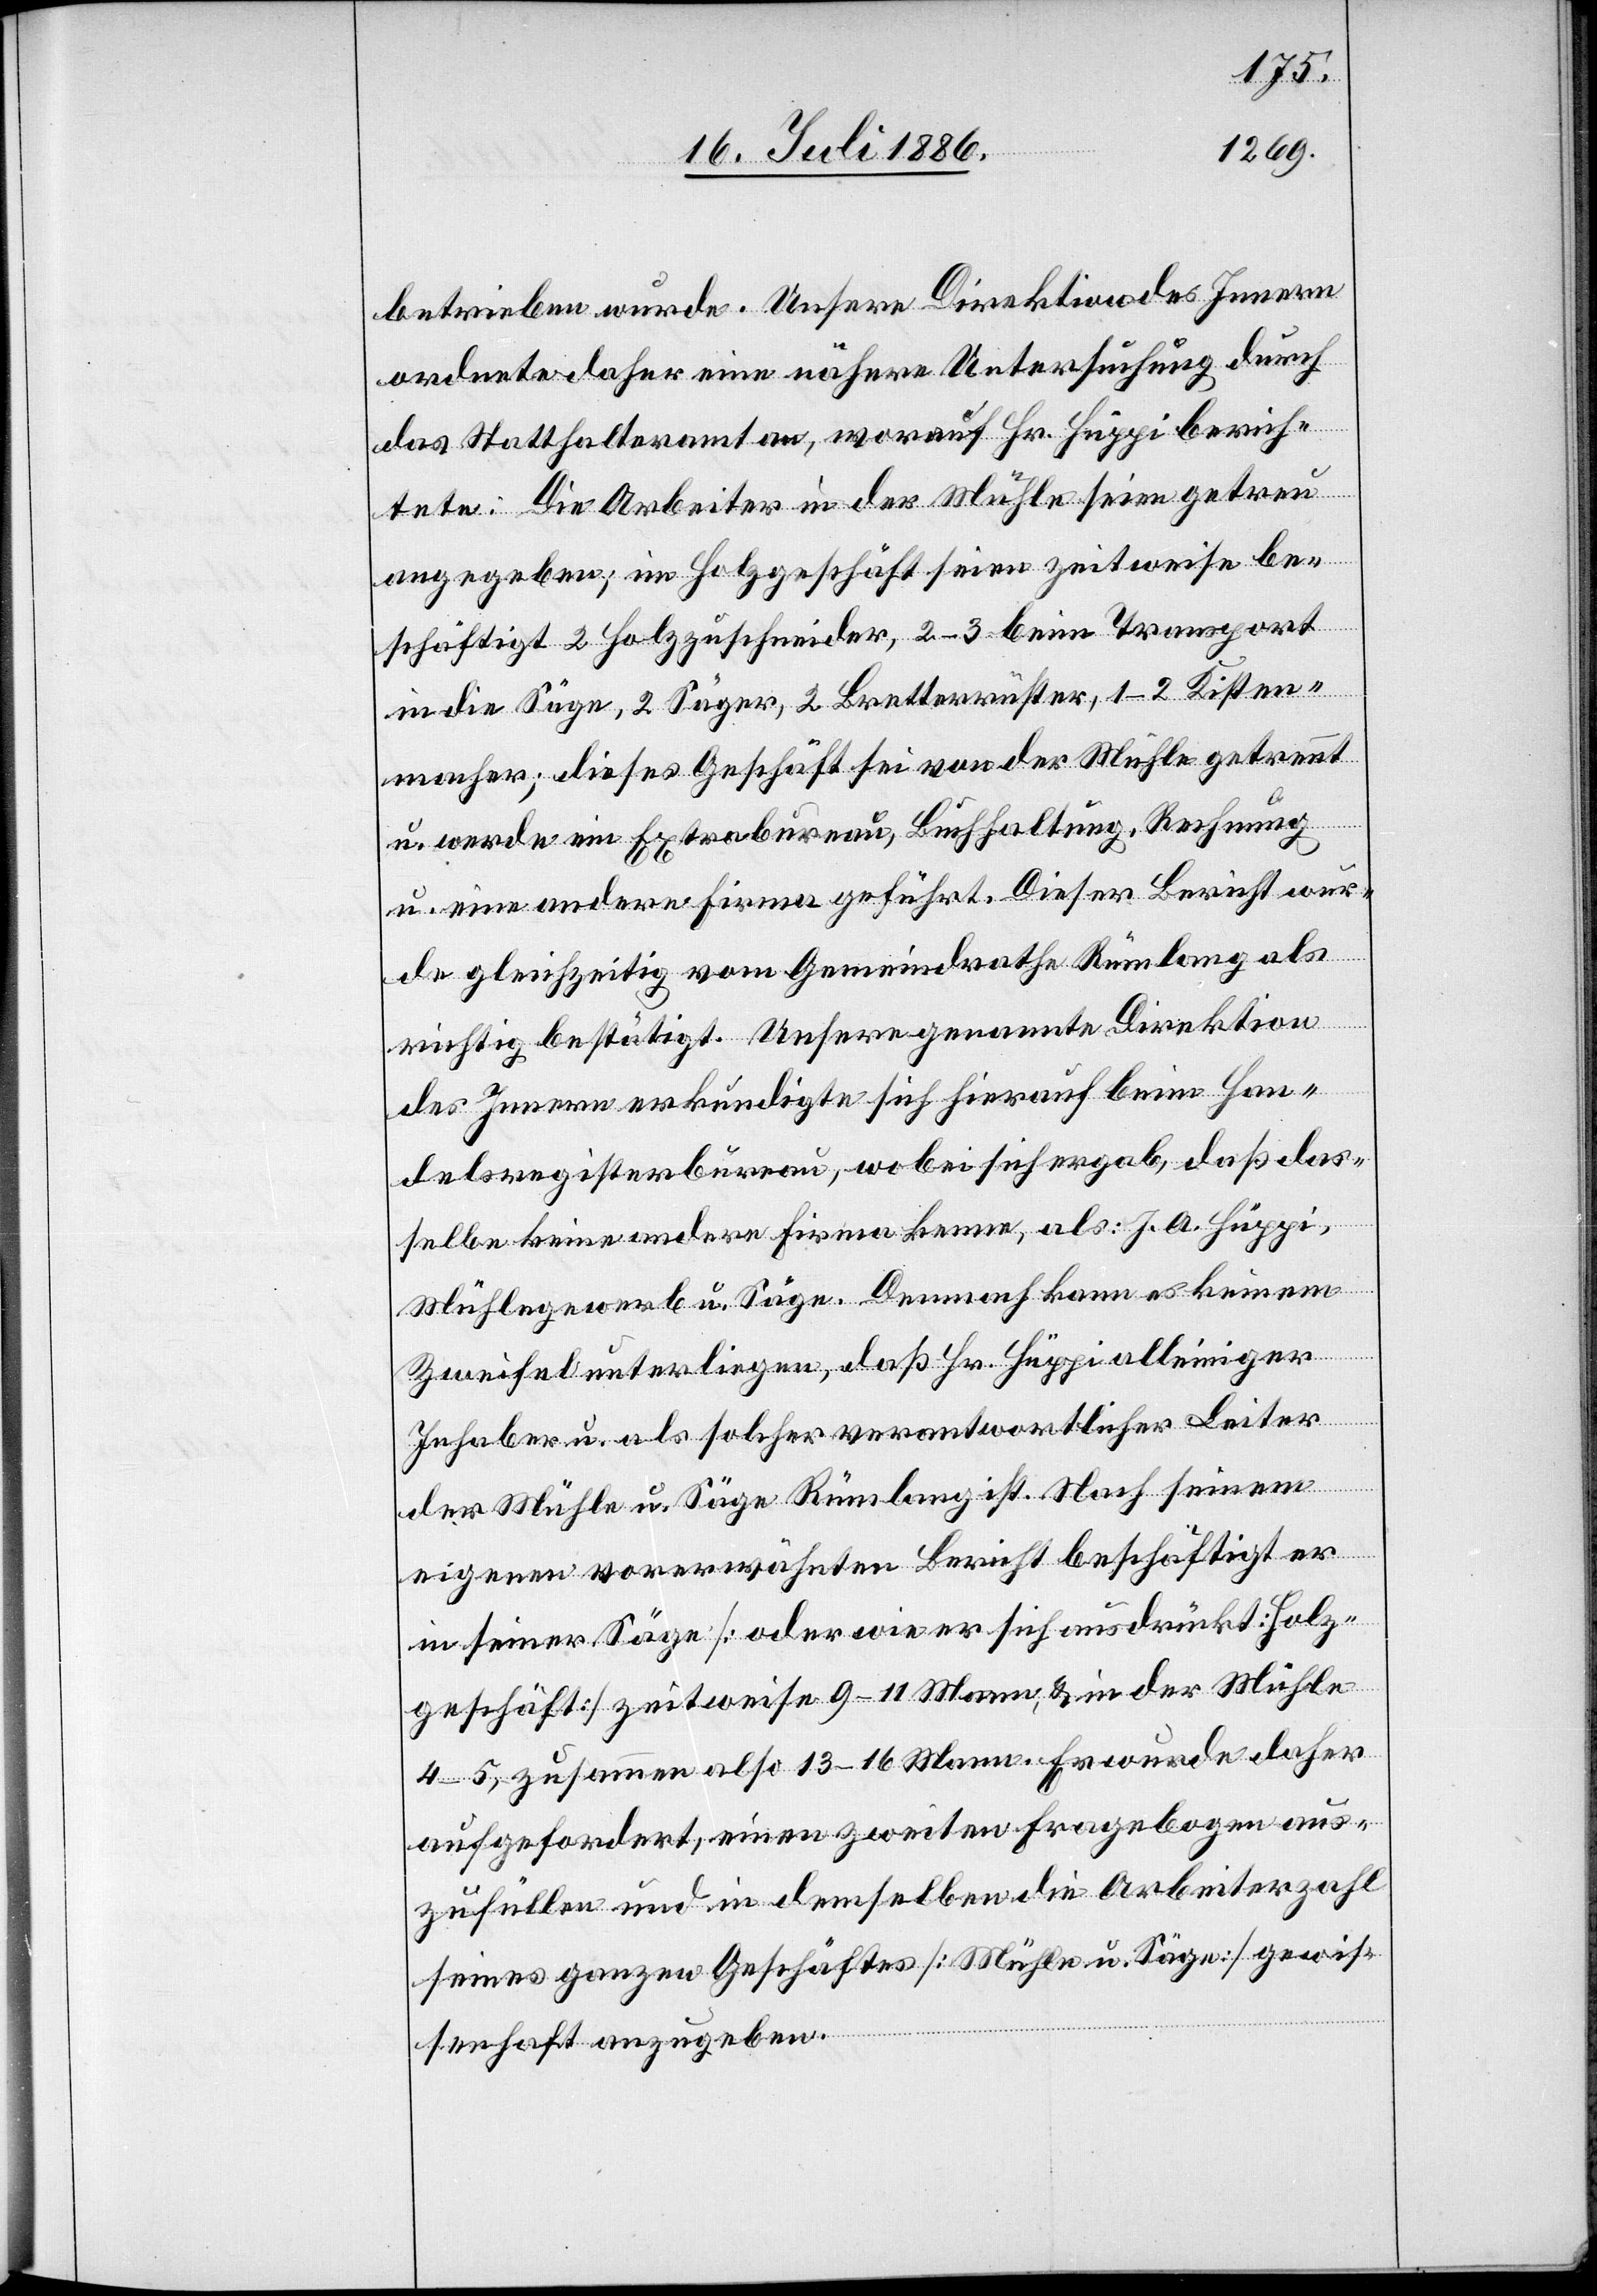
betrieben wurde. Unsere Direktion des Innern
ordnete daher eine nähere Untersuchung durch
das Statthalteramt an, worauf Hr. Hüppi berich¬
tete: Die Arbeiter in der Mühle seien getreu
angegeben; im Holzgeschäft seien zeitweise be¬
schäftigt 2 Holzzuschneider, 2–3 beim Transport
in die Säge, 2 Säger, 2 Bretterrüster, 1–2 Kisten¬
macher; dieses Geschäft sei von der Mühle getrennt
u. werde ein Extrabureau, Buchhaltung, Rechnung
u. eine andere Firma geführt. Dieser Bericht wur¬
de gleichzeitig vom Gemeindrathe Rümlang als
richtig bestätigt. Unsere genannte Direktion
des Innern erkundigte sich hierauf beim Han¬
delsregisterbureau, wobei sich ergab, daß das¬
selbe keine andere Firma kenne, als J. A. Hüppi,
Mühlegewerb u. Säge. Demnach kann es keinem
Zweifel unterliegen, daß Hr. Hüppi alleiniger
Inhaber u. als solcher verantwortlicher Leiter
der Mühle u. Säge Rümlang ist. Nach seinem
eigenen vorerwähnten Bericht beschäftigt er
in seiner Säge [oder wie er sich ausdrückt: Holz¬
geschäft] zeitweise 9–11 Mann, & in der Mühle
4–5, zusammen also 13–16 Mann. Er wurde daher
aufgefordert, einen zweiten Fragebogen aus¬
zufüllen und in demselben die Arbeiterzahl
seines ganzen Geschäftes [Mühle u. Säge] gewis¬
senhaft anzugeben.